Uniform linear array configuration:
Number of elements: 4
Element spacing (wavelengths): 0.5
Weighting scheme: kaiser
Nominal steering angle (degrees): -15
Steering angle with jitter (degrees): -13.552
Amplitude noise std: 0.05
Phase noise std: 0.05

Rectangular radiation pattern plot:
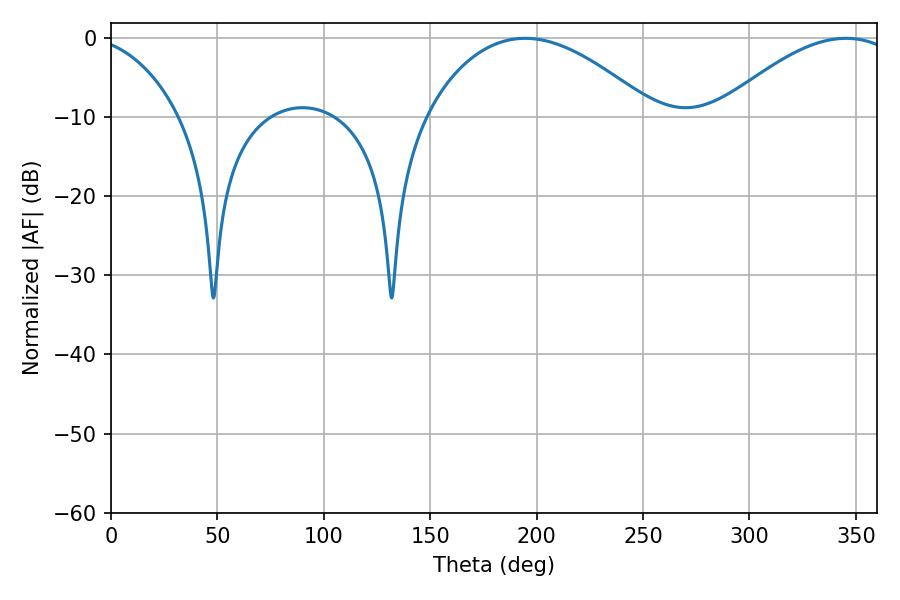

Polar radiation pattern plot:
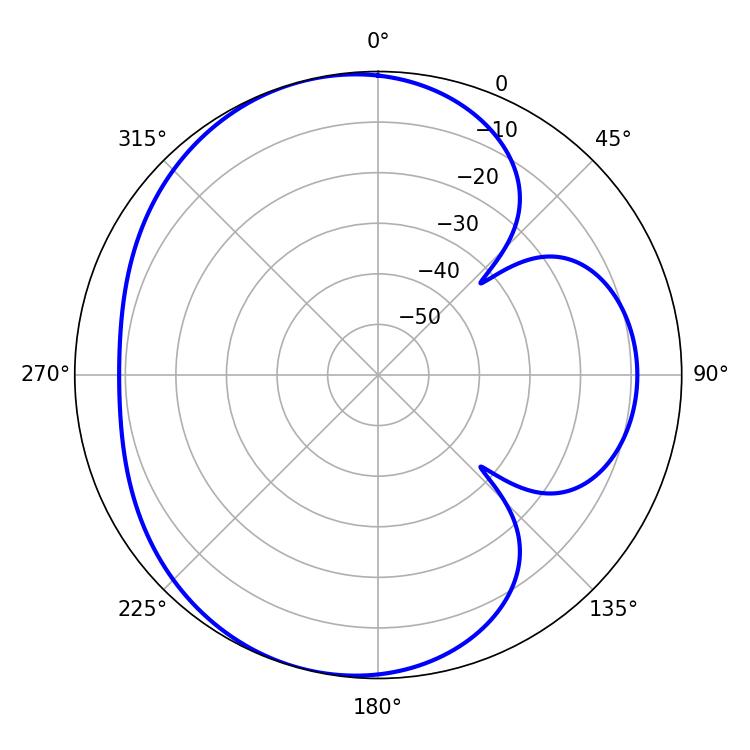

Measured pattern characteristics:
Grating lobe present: FALSE
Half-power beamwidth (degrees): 59.4
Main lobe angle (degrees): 194.58